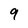
Character: 9